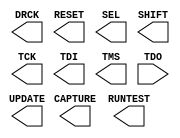
///////////////////////////////////////////////////////////////////////////////
// Copyright (c) 1995/2015 Xilinx, Inc.
// All Right Reserved.
///////////////////////////////////////////////////////////////////////////////
//   ____  ____
//  /   /\/   /
// /___/  \  /    Vendor : Xilinx
// \   \   \/     Version : 2015.4
//  \   \         Description : Xilinx Formal Library Component
//  /   /                  Boundary Scan Logic Control Circuit for VIRTEX7
// /___/   /\     Filename : BSCANE2.v
// \   \  /  \
//  \___\/\___\
//
///////////////////////////////////////////////////////////////////////////////
// Revision:
//    02/08/10 - Initial version.
// End Revision
///////////////////////////////////////////////////////////////////////////////

`timescale 1 ps / 1 ps 

`celldefine

module BSCANE2 (
  CAPTURE,
  DRCK,
  RESET,
  RUNTEST,
  SEL,
  SHIFT,
  TCK,
  TDI,
  TMS,
  UPDATE,

  TDO
);

  parameter DISABLE_JTAG = "FALSE";
  parameter integer JTAG_CHAIN = 1;

`ifdef XIL_TIMING

  parameter LOC = "UNPLACED";

`endif

  output CAPTURE;
  output DRCK;
  output RESET;
  output RUNTEST;
  output SEL;
  output SHIFT;
  output TCK;
  output TDI;
  output TMS;
  output UPDATE;

  input TDO;
  reg SEL_zd;

 
endmodule

`endcelldefine